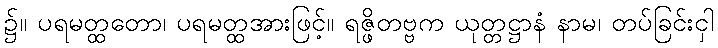
၌။ ပရမတ္ထတော၊ ပရမတ္ထအားဖြင့်။ ရဇ္ဖိတဗ္ဗက ယုတ္တဋ္ဌာနံ နာမ၊ တပ်ခြင်းငှါ